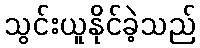
သွင်းယူနိုင်ခဲ့သည်